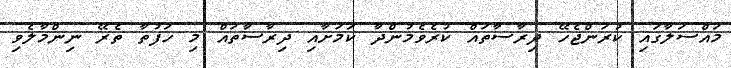
މައްސަލާގައި ކުރަންޖެހޭ ދިރާސާތައް ކުރެވެމުންދާ ކަމަށާއި ދިރާސާތައް މި ހަފުތާ ތެރޭ ނިންމާލެވި